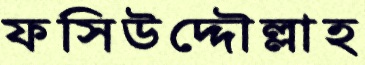
ফসিউদ্দৌল্লাহ